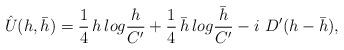
LaTeX: \begin{align*}\hat U(h,\bar h)={1 \over 4}\,h \,log {h \over C ' } + {1 \over4}\,\bar h \,log {\bar h \over C' }-i\ D' (h-\bar h),\end{align*}